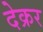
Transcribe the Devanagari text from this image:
देक्रर